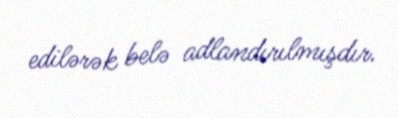
edilərək belə adlandırılmışdır.